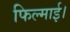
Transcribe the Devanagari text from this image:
फिल्माई।